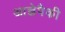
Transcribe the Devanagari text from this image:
आज्ञेपैकी